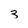
Character: 3